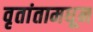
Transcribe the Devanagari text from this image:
वृतांतामधून